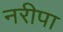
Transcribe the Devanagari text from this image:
नरीपा